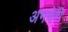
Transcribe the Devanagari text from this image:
अगनेरी